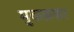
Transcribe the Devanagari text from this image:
मुकफ़फ़ा